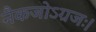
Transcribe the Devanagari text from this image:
नैकजोऽग्रजः।